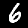
Label: 6